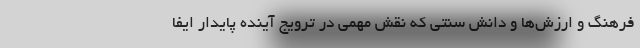
فرهنگ و ارزش‌ها و دانش سنتی که نقش مهمی در ترویج آینده پایدار ایفا